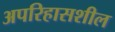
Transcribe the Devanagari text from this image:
अपरिहासशील